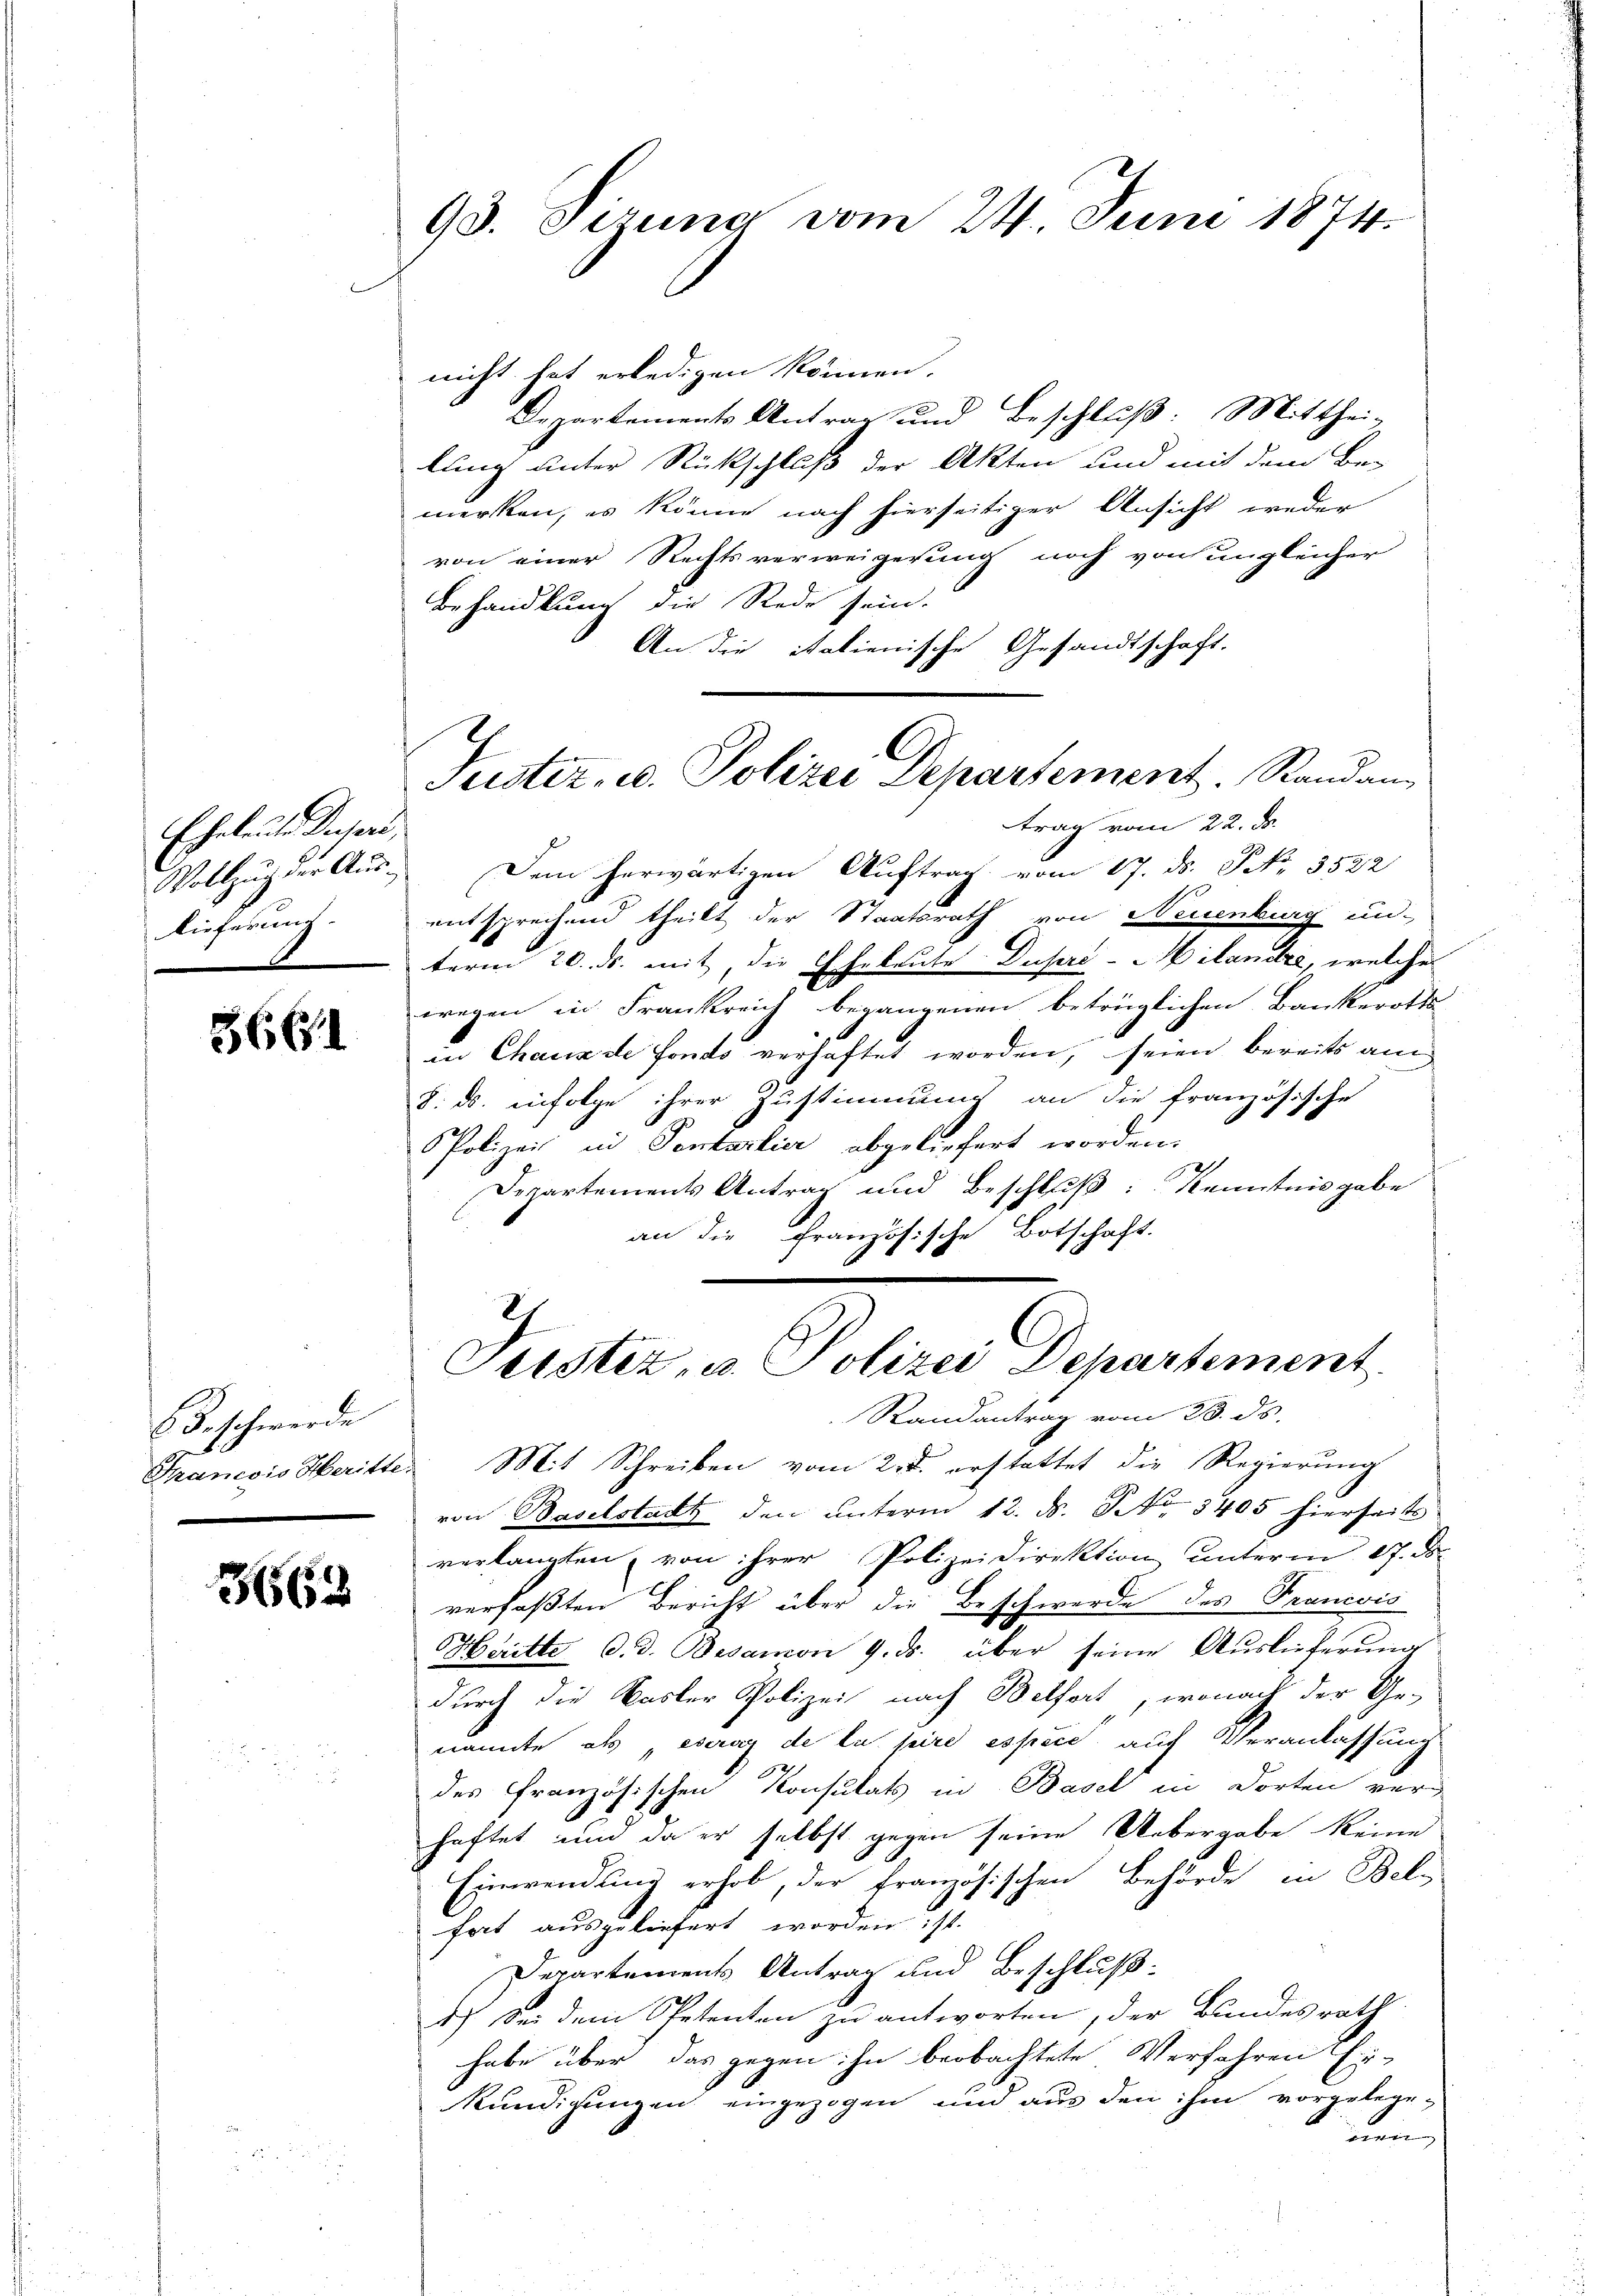
Eheleute Superi,
E
Vollzug der Auslieferung.

3661

6 B. schwerde
Francois Heritte

3663

93. Sizung vom 24. Juni 1874.

nicht hat erledigen können.
Departements Antrag und Beschluß: Mitthei-
lung unter Rückschluß der Akten und mit dem Be-
merken, es könne nach hierseitiger Ansicht weder
von einer Rechtsverweigerung noch von ungleicher
Behandlung die Rede sein.
An die italienische Gesandtschaft.

Suster, u. Polizei Departement. Standan¬

trag vom 22. d.
Dem herwärtigen Auftrag vom 17. ds. S. 3522
entsprechend theilt der Staatsrath von Neuenburg un
term 20. ds. mit, die Eheleute Duserc-ilandre, welche
wegen in Frankreich begangenen betrüglichen Bankerotts-
in Chaux de Fonds verhaftet worden, seien bereits am
8. ds. infolge ihrer Zustimmung an die französische
Polizei in Tentartier abgeliefert worden.
Departements Antrag und Beschluß: Kenntnis gabe
an die französische Botschaft.
Randantrag vom 23. ds.
 Mit Schreiben vom 2. d. erstattet die Regierung
von Baselstadt den unterm 12. ds. No 3405 hierseits
verlangten, von ihrer Polizeidirektion ŭnterm 17. ds.
verfaßten Bericht über die Beschwerde des Prancois
HHiritte d. d. Besamon 9. ds. über seine Auslieferung
durch die Basler Polizei nach Belfort, wonach der Ge-
nannte als, eseres de la pire espece, auf Veranlassung
des französischen Konsulats in Basel in Dorten ver-
haftet und da er selbst gegen seine Uebergabe keine
Einwendung erhob, der französischen Behörde in Bel
hat ausgeliefert worden ist.
Departements Antrag und Beschluß:
1
4.) Sei dem Petenten zu antworten, der Bundesrath
habe über das gegen ihn beobachtete Verfahren Ein¬
Kundigungen eingezogen und aus den ihm vorgelegen

.
Teister, u. Polizei Departement